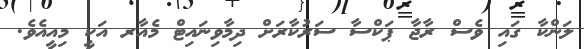
ލަންކާ ގައި ވެސް ރާޖާ ޕަކްސާ ސަރުކާރަށް ދިމާވިނައިޓް މެއާރ އަކީ މިއީއެވެ.